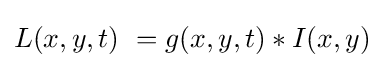
L(x,y,t)\ =g(x,y,t)*I(x,y)